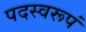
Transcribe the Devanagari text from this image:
पदस्वरूपं